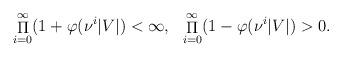
LaTeX: \begin{align*} \mathop{\Pi}\limits_{i=0}^{\infty} (1+\varphi(\nu^i|V|) < \infty,\,\,\,\, \mathop{\Pi}\limits_{i=0}^{\infty} (1-\varphi(\nu^i|V|) >0.\end{align*}